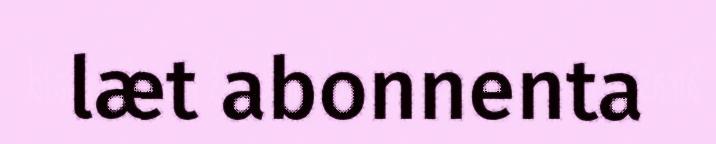
læt abonnenta